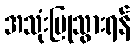
အသုံးပြုသွားရန်